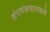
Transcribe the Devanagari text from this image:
संगणकशास्त्राचे